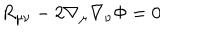
LaTeX: R _ { \mu \nu } - 2 \nabla _ { \mu } \nabla _ { \nu } \Phi = 0